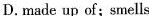
D. made up of;smells